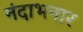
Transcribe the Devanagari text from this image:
नंदाभनार